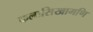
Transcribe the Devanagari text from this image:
कलासिखामणि